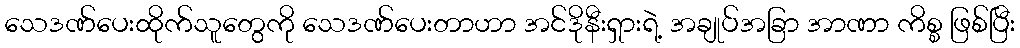
သေဒဏ်ပေးထိုက်သူတွေကို သေဒဏ်ပေးတာဟာ အင်ဒိုနီးရှားရဲ့ အချုပ်အခြာ အာဏာ ကိစ္စ ဖြစ်ပြီး